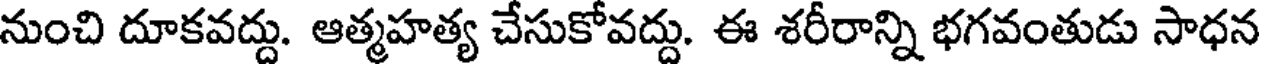
నుంచి దూకవద్దు. ఆత్మహత్య చేసుకోవద్దు. ఈ శరీరాన్ని భగవంతుడు సాధన